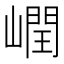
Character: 㠈